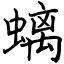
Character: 螭